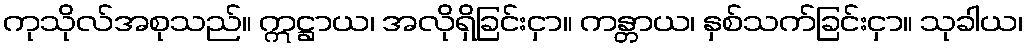
ကုသိုလ်အစုသည်။ ဣဋ္ဌာယ၊ အလိုရှိခြင်းငှာ။ ကန္တာယ၊ နှစ်သက်ခြင်းငှာ။ သုခါယ၊